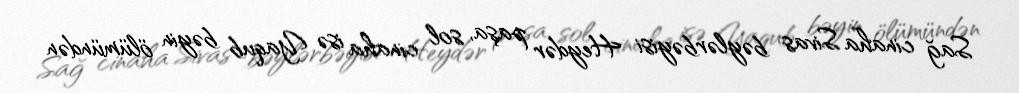
Sağ cinaha Sivas bəylərbəyisi Heydər paşa, sol cinaha isə Yaqub bəyin ölümündən